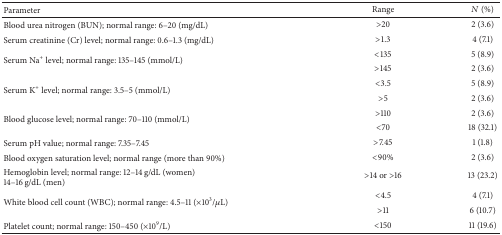
<table><thead><tr><td><b>Parameter </b></td><td><b>Range </b></td><td><b><i>N</i> (%)</b></td></tr></thead><tbody><tr><td>Blood urea nitrogen (BUN); normal range: 6–20 (mg/dL)</td><td>&gt;20</td><td>2 (3.6)</td></tr><tr><td>Serum creatinine (Cr) level; normal range: 0.6–1.3 (mg/dL)</td><td>&gt;1.3 </td><td>4 (7.1)</td></tr><tr><td rowspan="2">Serum Na<sup>+</sup> level; normal range: 135–145 (mmol/L)</td><td>&lt;135</td><td>5 (8.9)</td></tr><tr><td>&gt;145</td><td>2 (3.6)</td></tr><tr><td rowspan="2">Serum K<sup>+</sup> level; normal range: 3.5–5 (mmol/L)</td><td>&lt;3.5</td><td>5 (8.9)</td></tr><tr><td>&gt;5</td><td>2 (3.6)</td></tr><tr><td rowspan="2">Blood glucose level; normal range: 70–110 (mmol/L)</td><td>&gt;110</td><td>2 (3.6)</td></tr><tr><td>&lt;70</td><td>18 (32.1)</td></tr><tr><td>Serum pH value; normal range: 7.35–7.45</td><td>&gt;7.45</td><td>1 (1.8)</td></tr><tr><td>Blood oxygen saturation level; normal range (more than 90%)</td><td>&lt;90% </td><td>2 (3.6)</td></tr><tr><td>Hemoglobin level; normal range: 12–14 g/dL (women) 14–16 g/dL (men)</td><td>&gt;14 or &gt;16</td><td>13 (23.2)</td></tr><tr><td rowspan="2">White blood cell count (WBC); normal range: 4.5–11 (×10<sup>3</sup>/<i>μ</i>L)</td><td>&lt;4.5</td><td>4 (7.1)</td></tr><tr><td>&gt;11</td><td>6 (10.7)</td></tr><tr><td>Platelet count; normal range: 150–450 (×10<sup>9</sup>/L)</td><td>&lt;150</td><td>11 (19.6)</td></tr></tbody></table>